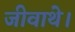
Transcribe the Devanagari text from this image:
जीवाथे।